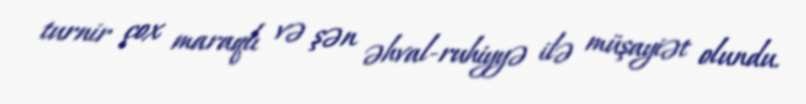
turnir çox maraqlı və şən əhval-ruhiyyə ilə müşayiət olundu.